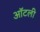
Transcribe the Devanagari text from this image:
ऑटली